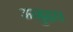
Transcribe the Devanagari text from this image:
अनुह्वप